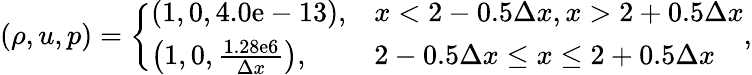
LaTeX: (\rho,u,p)=\left\{ \begin{array}{ll}{(1,0,4.0\mathrm{e}-13),}&{x<2-0.5\Delta x,x>2+0.5\Delta x}\\ {\left(1,0,\frac{1.28\mathrm{e}6}{\Delta x}\right),}&{2-0.5\Delta x\leq x\leq 2+0.5\Delta x}\end{array}\right.,